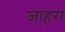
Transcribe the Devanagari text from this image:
जाहरा